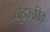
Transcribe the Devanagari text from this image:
बहुरुपित